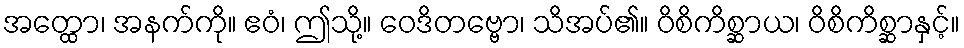
အတ္ထော၊ အနက်ကို။ ဧဝံ၊ ဤသို့။ ဝေဒိတဗ္ဗော၊ သိအပ်၏။ ဝိစိကိစ္ဆာယ၊ ဝိစိကိစ္ဆာနှင့်။